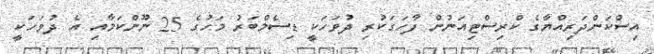
އިސްކަންދަރިއްޔާގެ ކްރިސްޓިއަނުން ފާހަގަކުރި ދުވަހަކީ ޑިސެމްބަރު މަހުގެ 25 ނޫންކަމާއި އެ ދުވަހަކީ